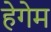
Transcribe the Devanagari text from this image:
हेगेम